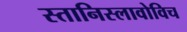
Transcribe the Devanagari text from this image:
स्तानिस्लावोविच